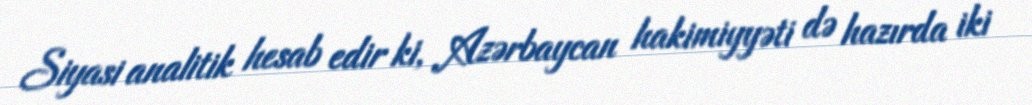
Siyasi analitik hesab edir ki, Azərbaycan hakimiyyəti də hazırda iki